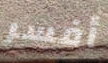
أفسر